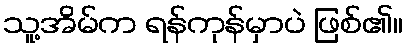
သူ့အိမ်က ရန်ကုန်မှာပဲ ဖြစ်၏။